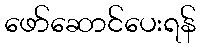
ဖော်ဆောင်ပေးရန်